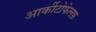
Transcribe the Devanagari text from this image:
आर्कीटोफेलफ़